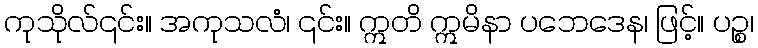
ကုသိုလ်၎င်း။ အကုသလံ၊ ၎င်း။ ဣတိ ဣမိနာ ပဘေဒေန၊ ဖြင့်။ ပဉ္စ၊